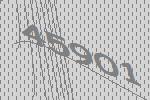
45901